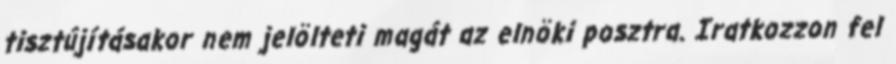
tisztújításakor nem jelölteti magát az elnöki posztra. Iratkozzon fel